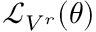
{ \mathcal { L } } _ { V ^ { r } } ( \theta )